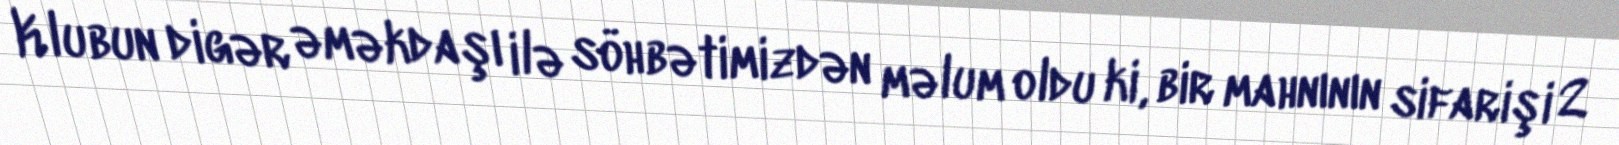
Klubun digər əməkdaşı ilə söhbətimizdən məlum oldu ki, bir mahnının sifarişi 2